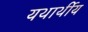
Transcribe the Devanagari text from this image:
यथार्थीय